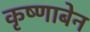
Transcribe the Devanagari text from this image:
कृष्णाबेन